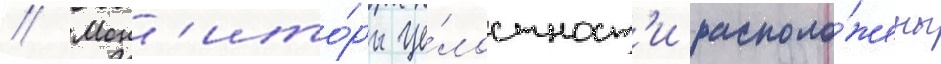
// Мон'ито́ры це́лостност'и располо́жены